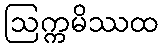
ဩက္ကမိဿထ